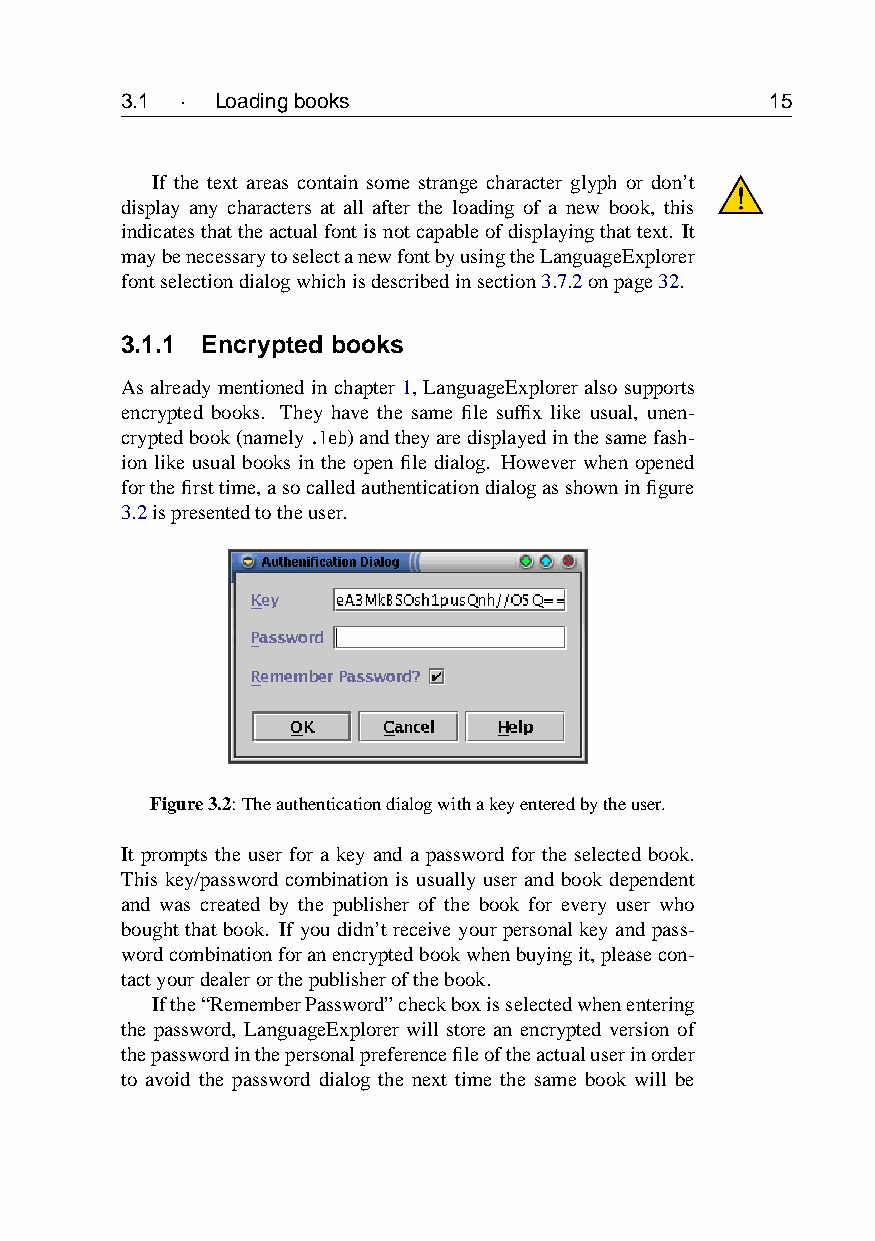
3.1 · Loadingbooks                         15
 If the text areas contain some strange character glyph or don’t
 display any characters at all after the loading of a new book, this
 indicatesthattheactualfontisnotcapableofdisplayingthattext. It
 maybenecessarytoselectanewfontbyusingtheLanguageExplorer
 fontselectiondialogwhichisdescribedinsection3.7.2onpage32.
 3.1.1 Encrypted books
 Asalreadymentionedinchapter1, LanguageExploreralsosupports
 encrypted books. They have the same file suffix like usual, unen-
 cryptedbook(namely.leb)andtheyaredisplayedinthesamefash-
 ion like usual books in the open file dialog. However when opened
 forthefirsttime,asocalledauthenticationdialogasshowninfigure
 3.2ispresentedtotheuser.
 Figure3.2:Theauthenticationdialogwithakeyenteredbytheuser.
 It prompts the user for a key and a password for the selected book.
 This key/password combination is usually user and book dependent
 and was created by the publisher of the book for every user who
 bought that book. If you didn’t receive your personal key and pass-
 wordcombinationforanencryptedbookwhenbuyingit,pleasecon-
 tactyourdealerorthepublisherofthebook.
 Ifthe“RememberPassword”checkboxisselectedwhenentering
 the password, LanguageExplorer will store an encrypted version of
 thepasswordinthepersonalpreferencefileoftheactualuserinorder
 to avoid the password dialog the next time the same book will be